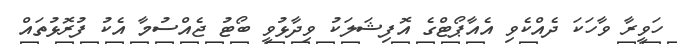
ހަވީރާ ވާހަކަ ދެއްކެވި އެއާޕޯޓްގެ އޮފިޝަލަކު ވިދާޅުވީ ބޯޓު ޖެއްސުމާ އެކު ފުރޮޅުތައް